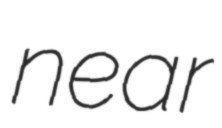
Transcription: near